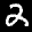
Label: 2